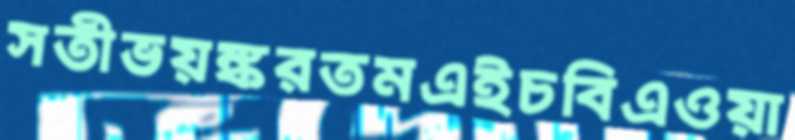
সতীভয়ঙ্করতমএইচবিএওয়া